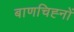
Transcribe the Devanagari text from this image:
बाणचिह्नों